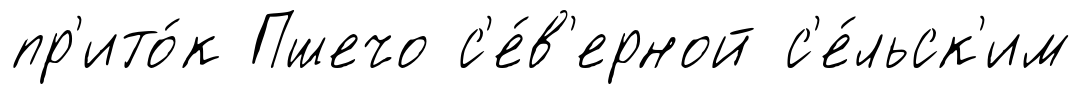
пр'ито́к Пшечо с'е́в'ерной с'е́льск'им